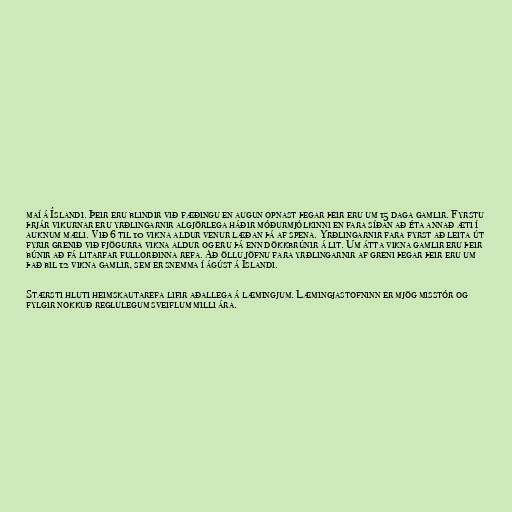
maí á Íslandi. Þeir eru blindir við fæðingu en augun opnast þegar þeir eru um 15 daga gamlir. Fyrstu
þrjár vikurnar eru yrðlingarnir algjörlega háðir móðurmjólkinni en fara síðan að éta annað æti í
auknum mæli. Við 6 til 10 vikna aldur venur læðan þá af spena. Yrðlingarnir fara fyrst að leita út
fyrir grenið við fjögurra vikna aldur og eru þá enn dökkbrúnir á lit. Um átta vikna gamlir eru þeir
búnir að fá litarfar fullorðinna refa. Að öllu jöfnu fara yrðlingarnir af greni þegar þeir eru um
það bil 12 vikna gamlir, sem er snemma í ágúst á Íslandi.

Stærsti hluti heimskautarefa lifir aðallega á læmingjum. Læmingjastofninn er mjög misstór og
fylgir nokkuð reglulegum sveiflum milli ára.